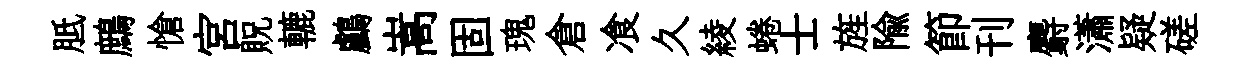
胝鷓愴宮貺轆鸕嵩固瑰倉飡久綾蜷士旌隃節刊麝瀟疑磋